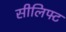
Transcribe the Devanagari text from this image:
सीलिफ्ट